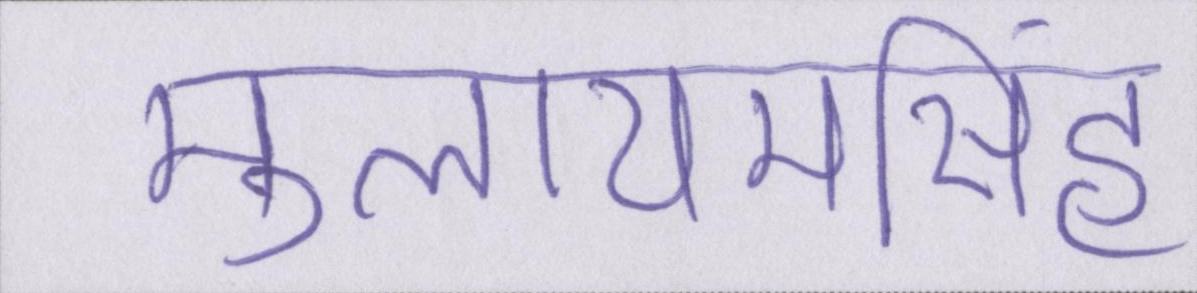
मुलायमसिंह